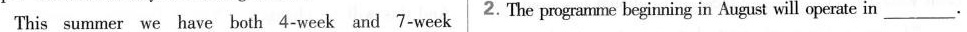
This summer we have both 4-week and 7-week 2.The programme beginning in August will operate in___.